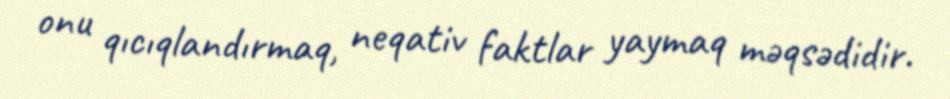
onu qıcıqlandırmaq, neqativ faktlar yaymaq məqsədidir.